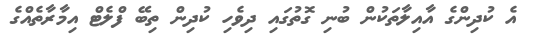
އެ ކުދިންގެ އާއިލާތަކުން ބުނި ގޮތުގައި ދިވެހި ކުދިން ތިބޭ ފްލެޓް އިމާރާތެއްގެ